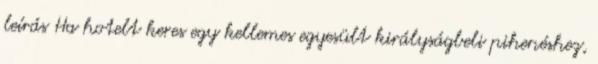
leírás Ha hotelt keres egy kellemes egyesült királyságbeli pihenéshez,